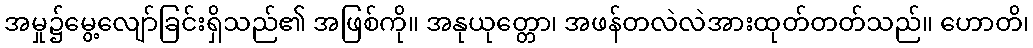
အမှု၌မွေ့လျော်ခြင်းရှိသည်၏ အဖြစ်ကို။ အနုယုတ္တော၊ အဖန်တလဲလဲအားထုတ်တတ်သည်။ ဟောတိ၊